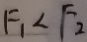
F _ { 1 } < F _ { 2 }